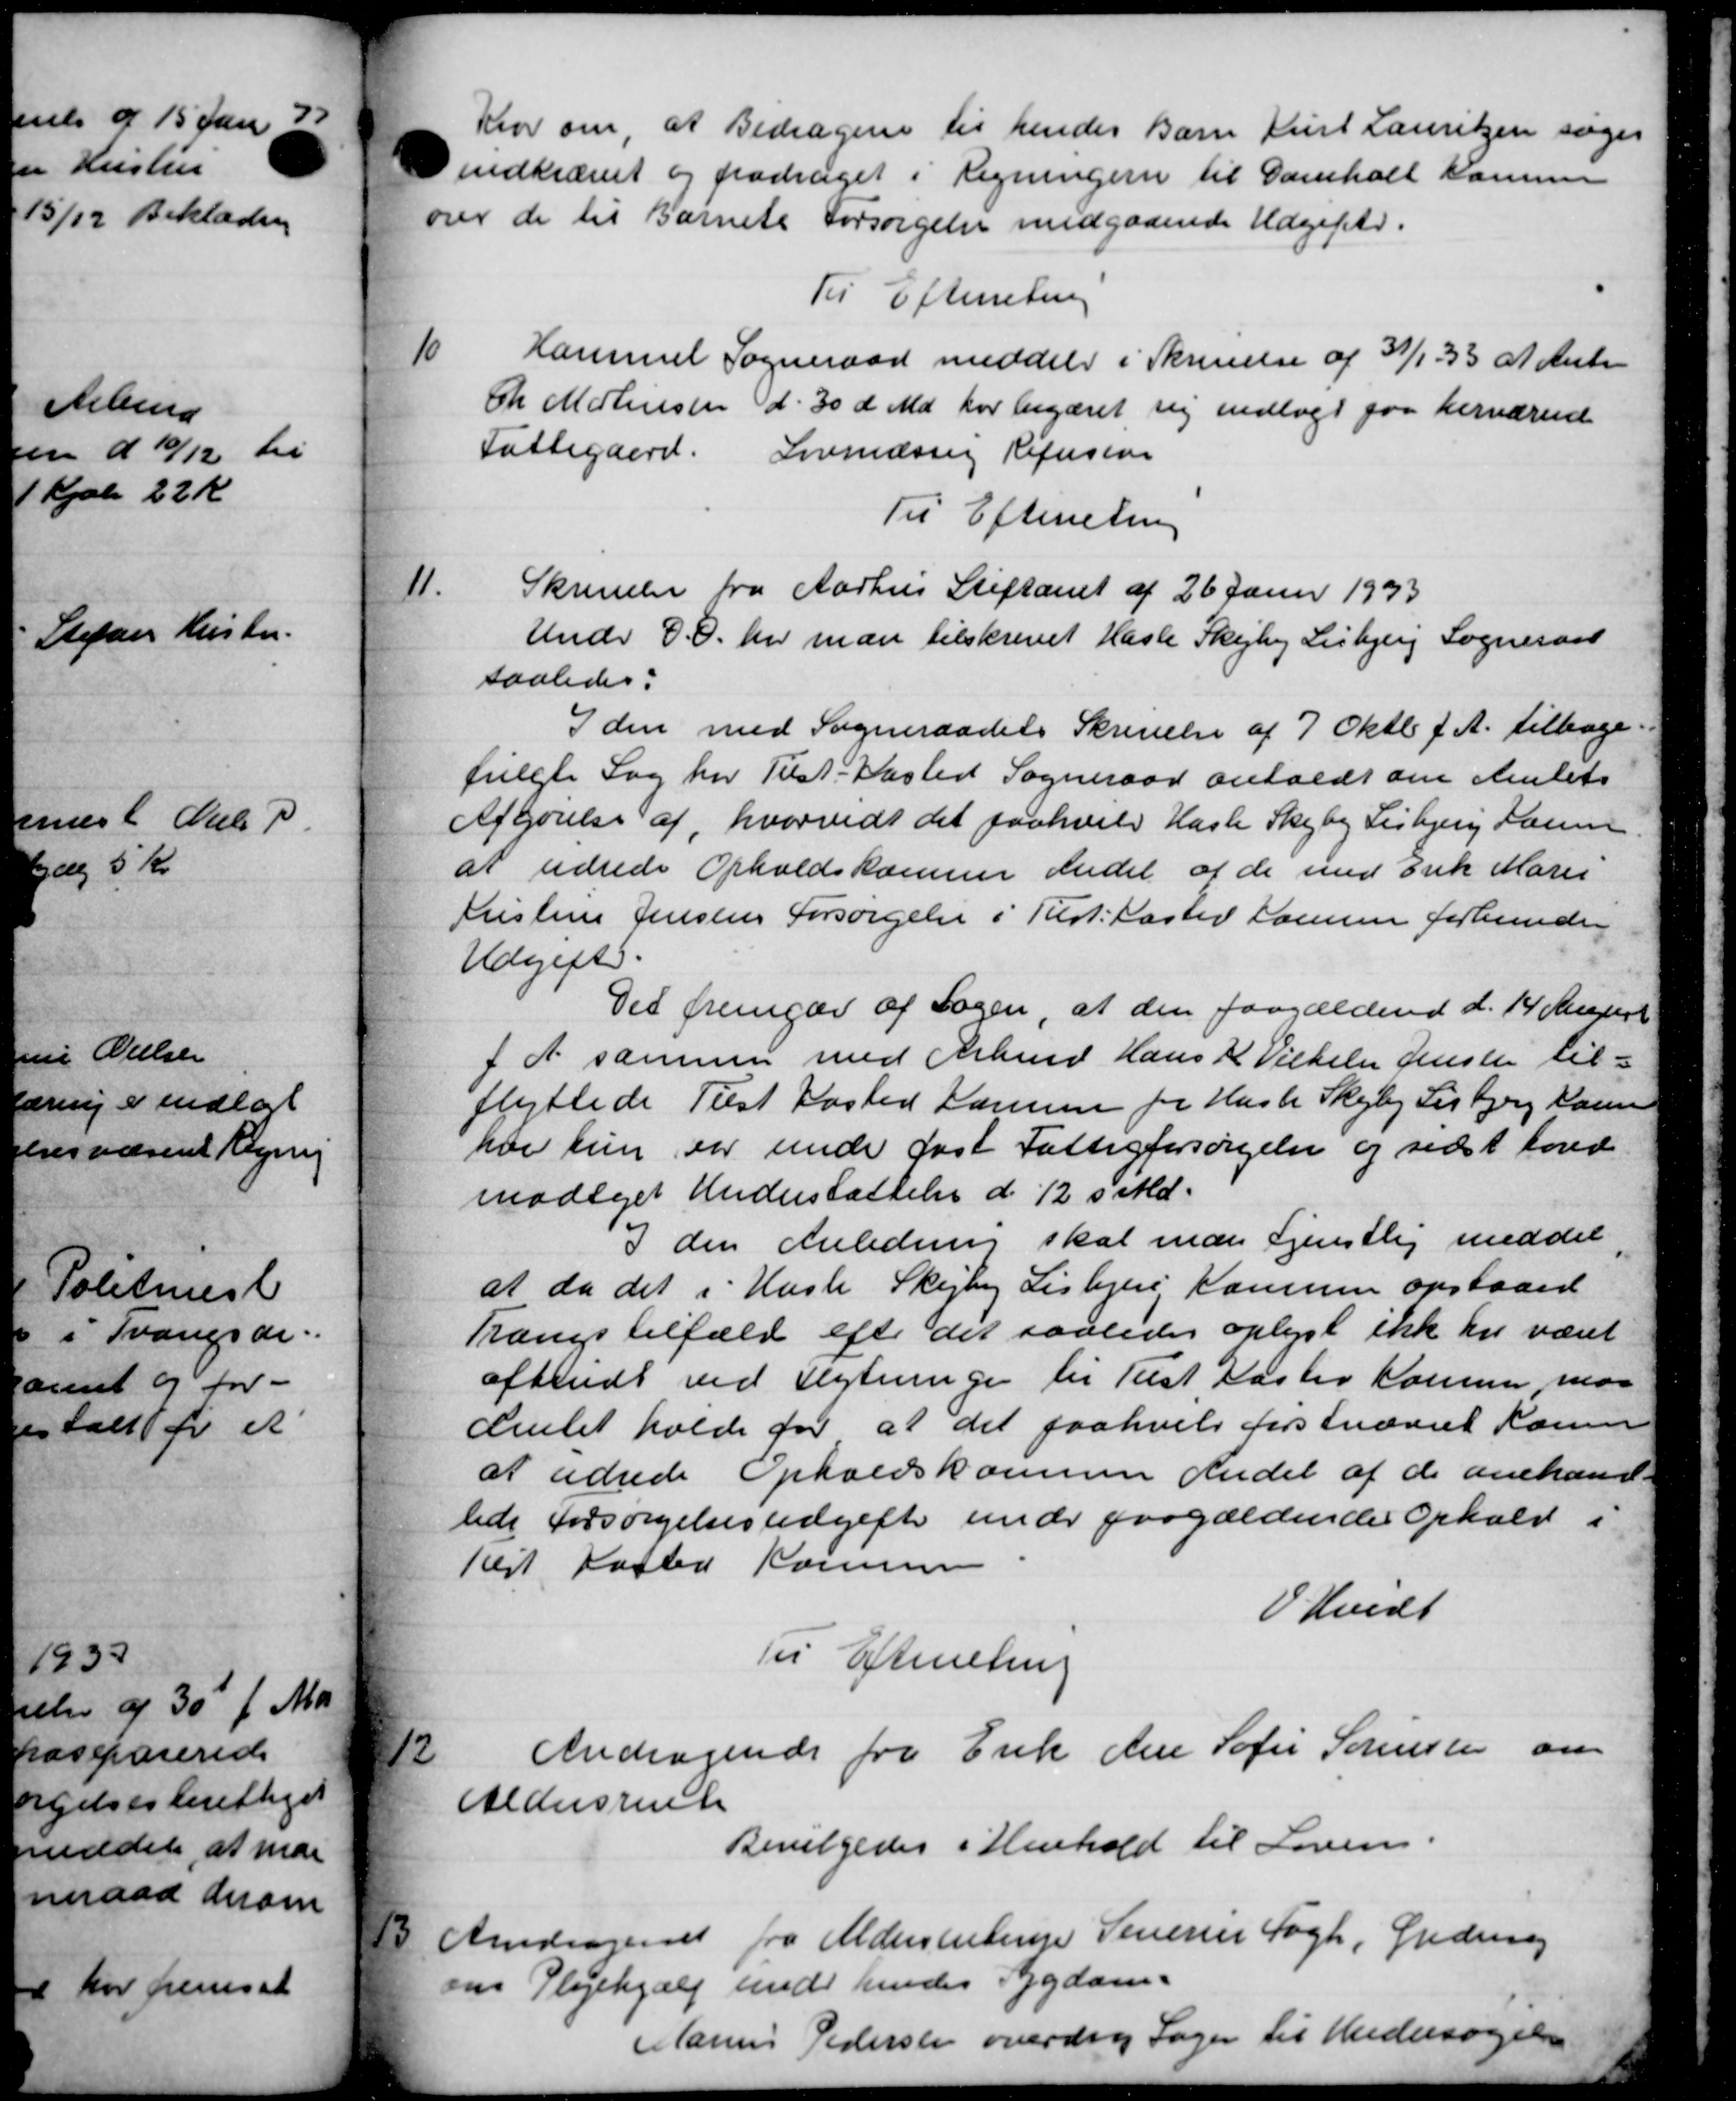
Transskription:
Klov om, at Bidragene til hendes Barn Kurt Lauritsen søger
indkrævet og fradraget i Regningern til Damholt Kommen
over de til Barnets Forsørgelse medgaaende Udgifter.
Til Efterretning
10
Hammel Sogneraad meddeler i Skrivelse af 31/1 - 33 af Ante
Ch Mortensen d. 30 d. Md. har begæret sig indlagt paa herværende
Fattigaard.
Lovmæssig Refusion
Til Efterretning
11.
Skrivelse fra Aarhus Stiftamt af 26 Janur 1933
Under E.O. her man tilskrevet Hasle Skejby Lisbjerg Sogneraad
saaledes:
I den med Sogneraadets Skrivelse af 7 Oktbr. f. A. tilbage
fulgte Sag for Tilst Kasted Sogneraad antales om Amtets
Afgørelse af, hvorvidt det paahvile Hasle Skejby Lisbjerg Laur
at udrede Opholdskomme Andel af de med Erik Marie
Kristine Jensens Forsørgelse i Tist. laster Larsen forbunde
Udgift.
Det fremgav af Sagen, at den paagældend d. 14 August
f. A. sammen med Arbmd. Hans K. Vilhelm Jensen til-
flyttede Tilst Kasted Laursen for Hasle Skejby Lisbjerg Karen
har kun var unde fast Fattigforsørgelse og sidst ford
modiget Understøttelse d. 12 s. Md.
3 den Anledning skal man gjenstlig meddel
at da det i Hasle Skejby Lisbjerg, Kamme opstaaed
Trangstilfæld efter det saaledes oplyst ikke har været
afsendt ved Flytninge til Tust Haslev Kommen maa
Amtet holde for at det paahvile førstnævnt Raun
at udrede Opholdskommune Andel af de anehand-
lede Forsørgelsesudgifte under paagældende Ophold i
Rest Kasted Kommune
V. Hvidt
Til Efterretning
12
Andragende fra Enke Ane Sofie Sørensen om
Aldersrente
Bevilgedes i Henhold til Loven.
13.
Andragende fra Aldersrestrup Senerer Fogh, Ordning
 Plejehjælp unde hendes Sygdom.
Marius Pedersen overdrog Sagen til Undersøgelse